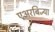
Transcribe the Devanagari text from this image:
एअरबिज्या